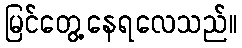
မြင်တွေ့နေရလေသည်။